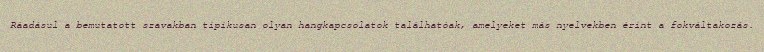
Ráadásul a bemutatott szavakban tipikusan olyan hangkapcsolatok találhatóak, amelyeket más nyelvekben érint a fokváltakozás.